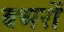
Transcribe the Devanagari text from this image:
क्मरों